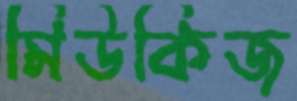
মিউকিজ